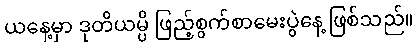
ယနေ့မှာ ဒုတိယမ္ပိ ဖြည့်စွက်စာမေးပွဲနေ့ ဖြစ်သည်။